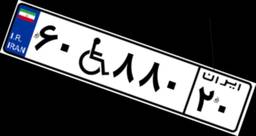
۶۰W۸۸۰۲۰